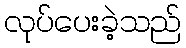
လုပ်ပေးခဲ့သည်